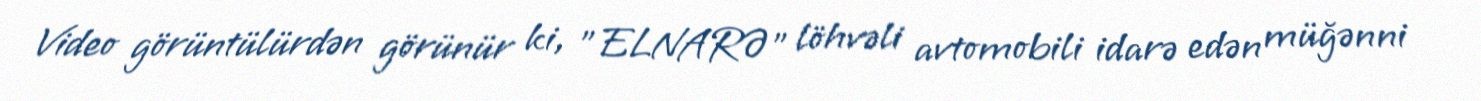
Video görüntülürdən görünür ki, "ELNARƏ" löhvəli avtomobili idarə edən müğənni